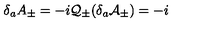
\delta _ { a } A _ { \pm } = - i \mathcal { Q } _ { \pm } ( \delta _ { a } \mathcal { A } _ { \pm } ) = - i